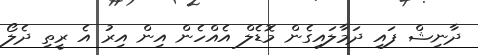
ދާނިޝް ފައި ދަމާލައިގެން މޮޑެލް އެއްހެން އިން އިރު އެ ރީތި ދެލޯ